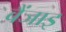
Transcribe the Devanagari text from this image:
बैंजाइ